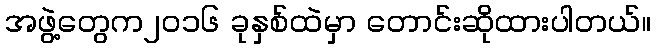
အဖွဲ့တွေက၂၀၁၆ ခုနှစ်ထဲမှာ တောင်းဆိုထားပါတယ်။